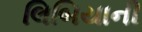
લિબિયાની